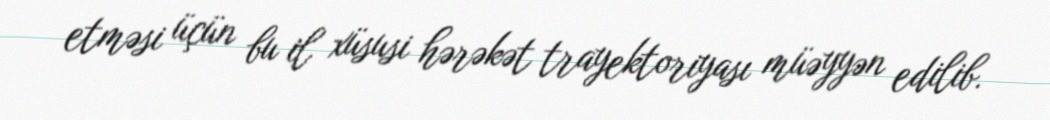
etməsi üçün bu il xüsusi hərəkət trayektoriyası müəyyən edilib.